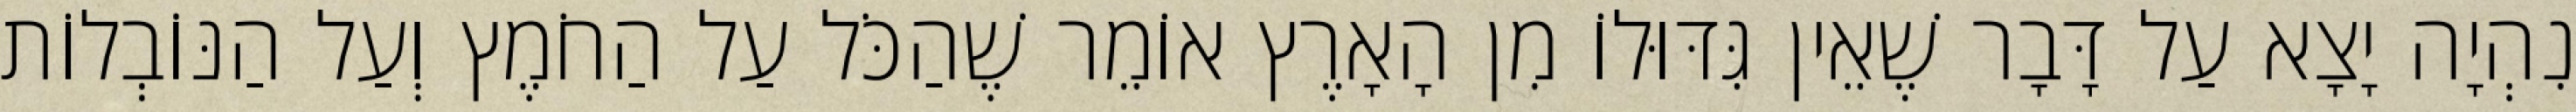
נִהְיָה יָצָא עַל דָּבָר שֶׁאֵין גִּדּוּלוֹ מִן הָאָרֶץ אוֹמֵר שֶׁהַכֹּל עַל הַחֹמֶץ וְעַל הַנּוֹבְלוֹת